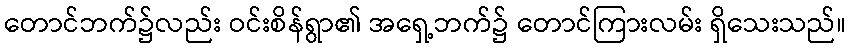
တောင်ဘက်၌လည်း ဝင်းစိန်ရွာ၏ အရှေ့ဘက်၌ တောင်ကြားလမ်း ရှိသေးသည်။